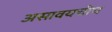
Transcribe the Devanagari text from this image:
असावयचीच